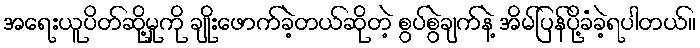
အရေးယူပိတ်ဆို့မှုကို ချိုးဖောက်ခဲ့တယ်ဆိုတဲ့ စွပ်စွဲချက်နဲ့ အိမ်ပြန်ပို့ခံခဲ့ရပါတယ်။